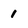
Character: 1